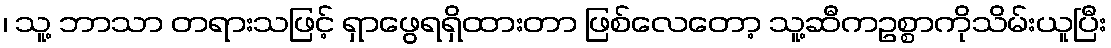
၊ သူ့ ဘာသာ တရားသဖြင့် ရှာဖွေရရှိထားတာ ဖြစ်လေတော့ သူ့ဆီကဥစ္စာကိုသိမ်းယူပြီး